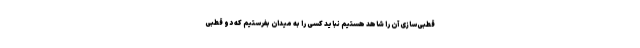
قطبی‌سازی آن را شاهد هستیم نباید کسی را به میدان بفرستیم که دو قطبی